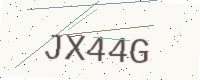
Text: JX44G